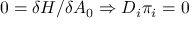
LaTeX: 0 = \delta H / \delta A _ { 0 } \Rightarrow D _ { i } \pi _ { i } = 0